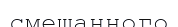
смешанного